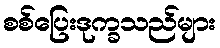
စစ်ပြေးဒုက္ခသည်များ